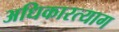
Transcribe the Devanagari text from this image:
अधिकारत्याग